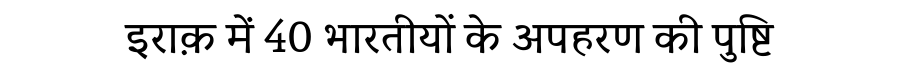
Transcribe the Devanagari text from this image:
इराक़ में 40 भारतीयों के अपहरण की पुष्टि